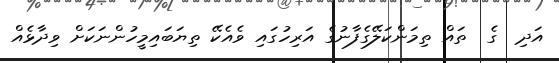
އަދި  ގެ  ތައް ތިމަންކަލޭގެފާނުގެ އަރިހުގައި ވެއެކޭ ތިޔަބައިމީހުންނަކަށް ވިދާޅެއް